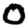
Digit: 0